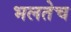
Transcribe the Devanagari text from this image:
भलतेच